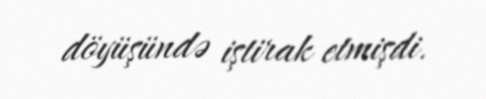
döyüşündə iştirak etmişdi.